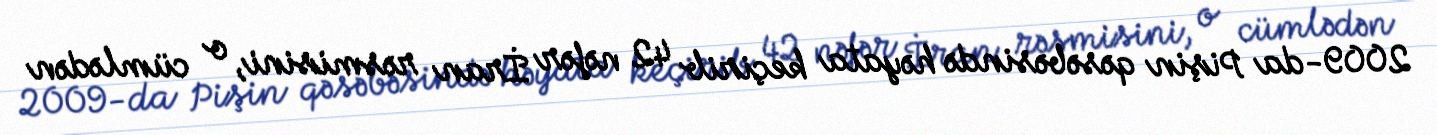
2009-da Pişin qəsəbəsində həyata keçirib 42 nəfər İran rəsmisini, o cümlədən